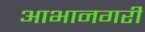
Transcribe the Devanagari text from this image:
आभानगरी